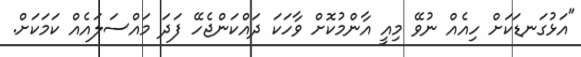
"އަޅުގަނޑަކަށް ހިއެއް ނުވޭ މިއީ އާންމުކޮށް ވާހަކަ ދައްކަންޖެހޭ ފަދަ މައްސަލައެއް ކަމަކަށް.